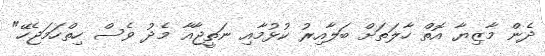
ދެން މާޒިޔާ އޮތް ހާލަތަށް ބަލާއިރު ކުޅުމާއި ނަތީޖާއާ މެދު ވެސް ހިތްހަމަޖެހޭ"